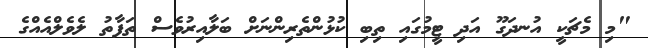
"މި މެޗަކީ އުނދަގޫ އަދި ޓީމުގައި ތިބި ކުޅުންތެރިންނަށް ބަލާއިރުވެސް ތަފާތު ލެވެލްއެއްގެ